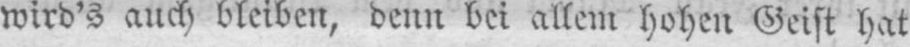
wird’s auch bleiben, denn bei allem hohen Geist hat